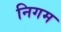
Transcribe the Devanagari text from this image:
निगम